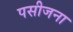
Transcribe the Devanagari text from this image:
पसीजना